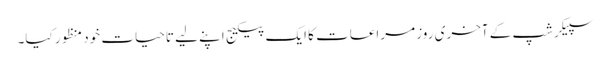
سپیکرشپ کے آخری روز مراعات کا ایک پیکیج اپنے لیے تاحیات خود منظور کیا۔